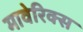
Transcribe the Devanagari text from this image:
मावेरिक्स